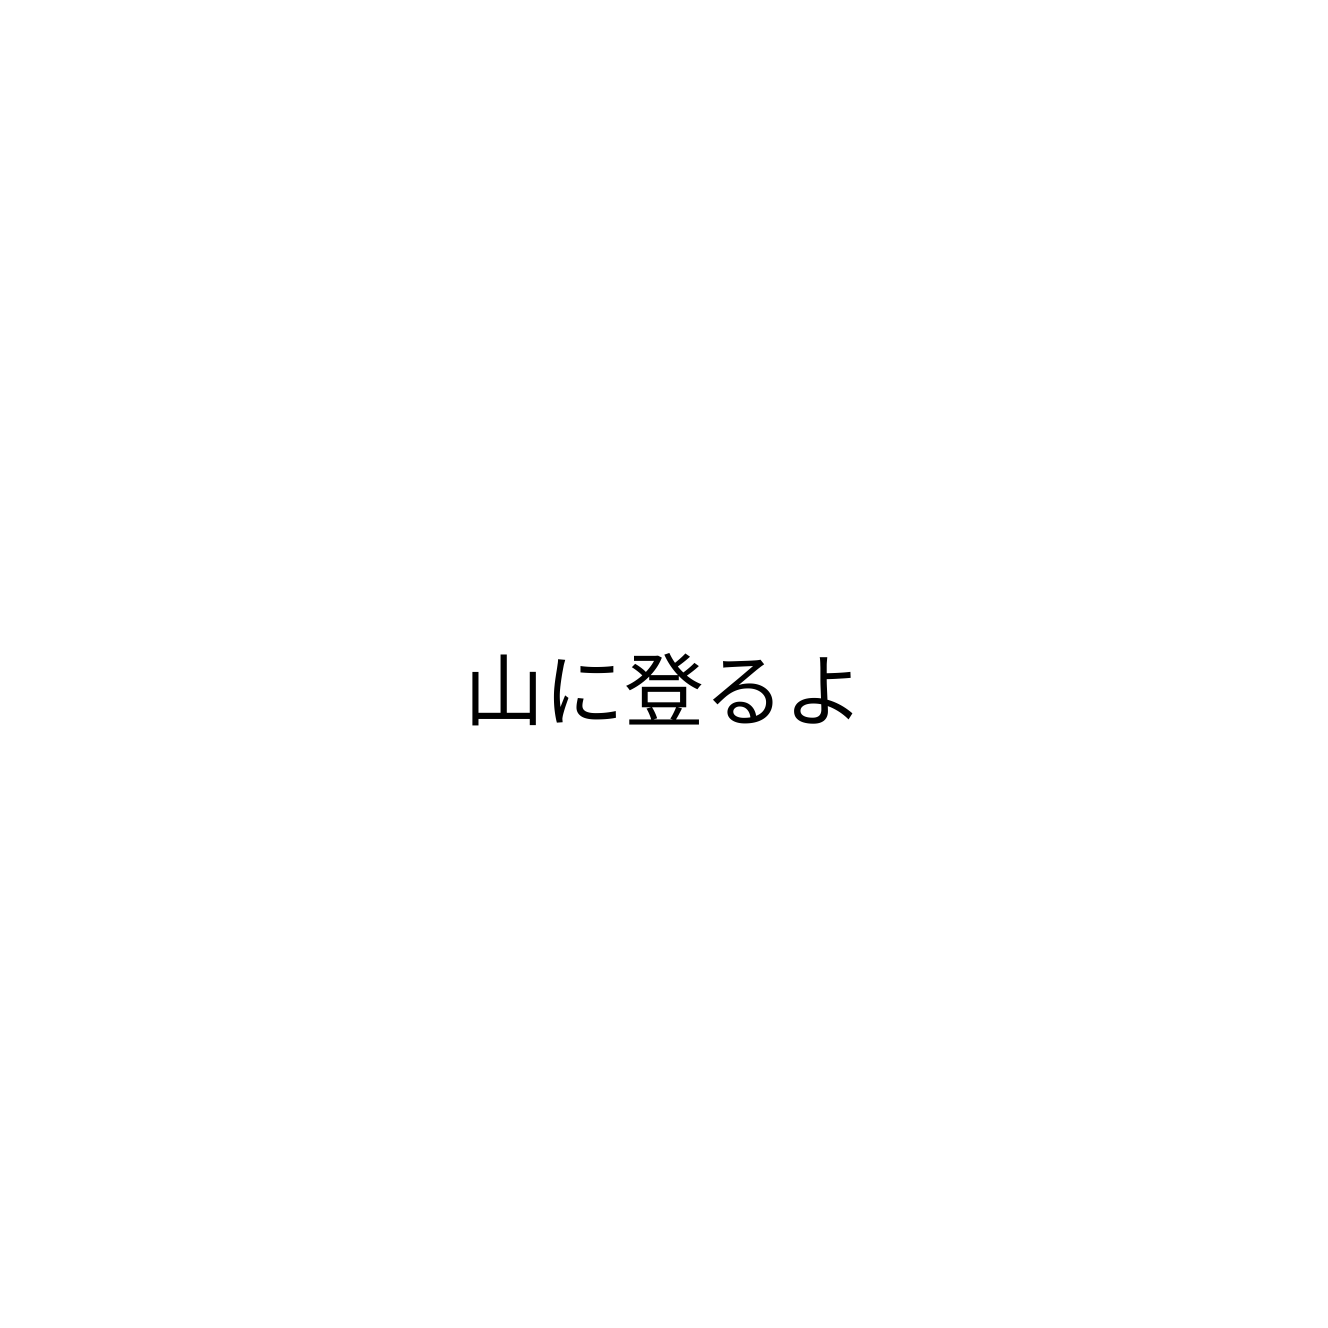
山に登るよ